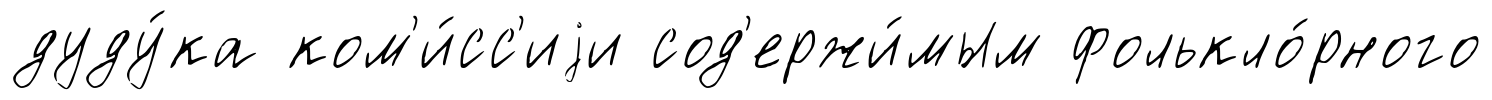
дуду́ка ком'и́сс'иjи сод'ержи́мым фолькло́рного